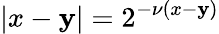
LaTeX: |x-\mathbf{y}|=2^{-\nu(x-\mathbf{y})}